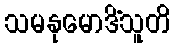
သမနုမောဒိံသူတိ